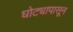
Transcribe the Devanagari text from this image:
घोट्यापासून